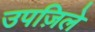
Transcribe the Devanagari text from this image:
उपज़िले